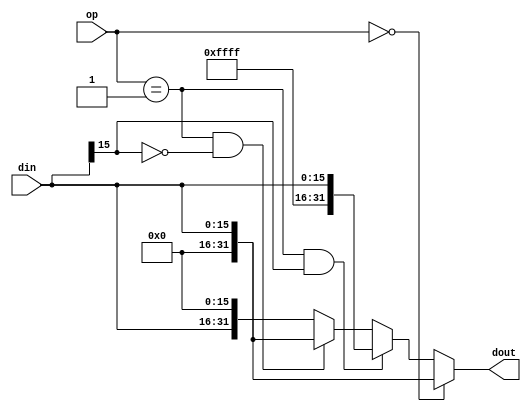
module ext (op,din,dout);
   input [1:0]   op;
   input [15:0]  din;
   output [31:0] dout;

   assign dout=(op==2'b00)?{16'h0,din}:
               (op==2'b01&&din[15]==1'b1)?{16'hffff,din}:
               (op==2'b01&&din[15]==1'b0)?{16'h0000,din}:
               {din,16'h0};

endmodule